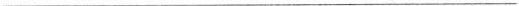
___